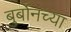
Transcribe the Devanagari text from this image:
बुर्बोनच्या